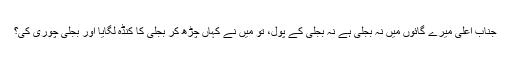
جناب اعلیٰ میرے گائوں میں نہ بجلی ہے نہ بجلی کے پول، تو میں نے کہاں چڑھ کر بجلی کا کنڈہ لگایا اور بجلی چوری کی؟